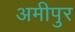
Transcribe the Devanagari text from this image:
अमीपुर